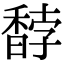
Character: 馞